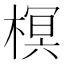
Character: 榠